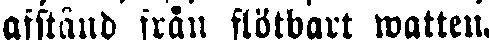
afstånd från flötbart watten.